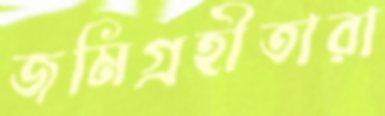
জমিগ্রহীতারা